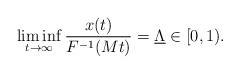
LaTeX: \begin{align*} \liminf_{t\to\infty} \frac{x(t)}{F^{-1}(Mt)}=\underline{\Lambda}\in [0,1).\end{align*}